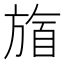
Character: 𬀋